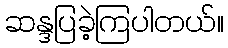
ဆန္ဒပြခဲ့ကြပါတယ်။